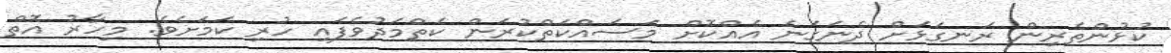
ކުޅުންތެރިން ރަނގަޅަށް ދެނަގަނެ އެއްކޮށް މަސައްކަތްކުރަން ކެތްމަދުވެފައި ހުރި ކަމަށެވެ. މިހާރު އޮތް